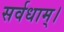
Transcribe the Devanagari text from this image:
सर्वधाम्‌।